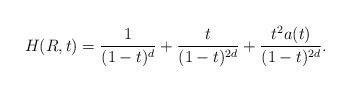
LaTeX: \begin{align*}H(R,t)=\frac{1}{(1-t)^d}+\frac{t}{(1-t)^{2d}}+\frac{t^2a(t)}{(1-t)^{2d}}.\end{align*}